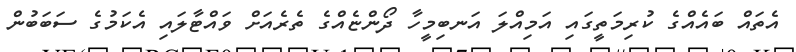
އެތައް ބައެއްގެ ކުރިމަތީގައި އަމިއްލަ އަނބިމީހާ ދޯންޏެއްގެ ތެރެއަށް ވައްޓާލައި އެކަމުގެ ސަބަބުން